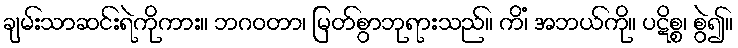
ချမ်းသာဆင်းရဲကိုကား။ ဘဂဝတာ၊ မြတ်စွာဘုရားသည်။ ကိံ၊ အဘယ်ကို။ ပဋိစ္စ၊ စွဲ၍။